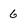
Character: 6